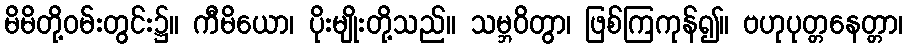
မိမိတို့ဝမ်းတွင်း၌။ ကီမိယော၊ ပိုးမျိုးတို့သည်။ သမ္ဘဝိတွာ၊ ဖြစ်ကြကုန်၍။ ဗဟုပုတ္တနေတ္တာ၊